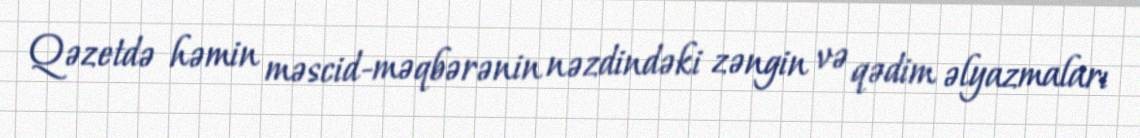
Qəzetdə həmin məscid-məqbərənin nəzdindəki zəngin və qədim əlyazmaları